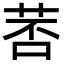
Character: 䓏